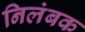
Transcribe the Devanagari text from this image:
निलंबक